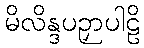
မိလိန္ဒပဉှာပါဠိ